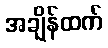
အချိန်ထက်